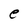
Character: e